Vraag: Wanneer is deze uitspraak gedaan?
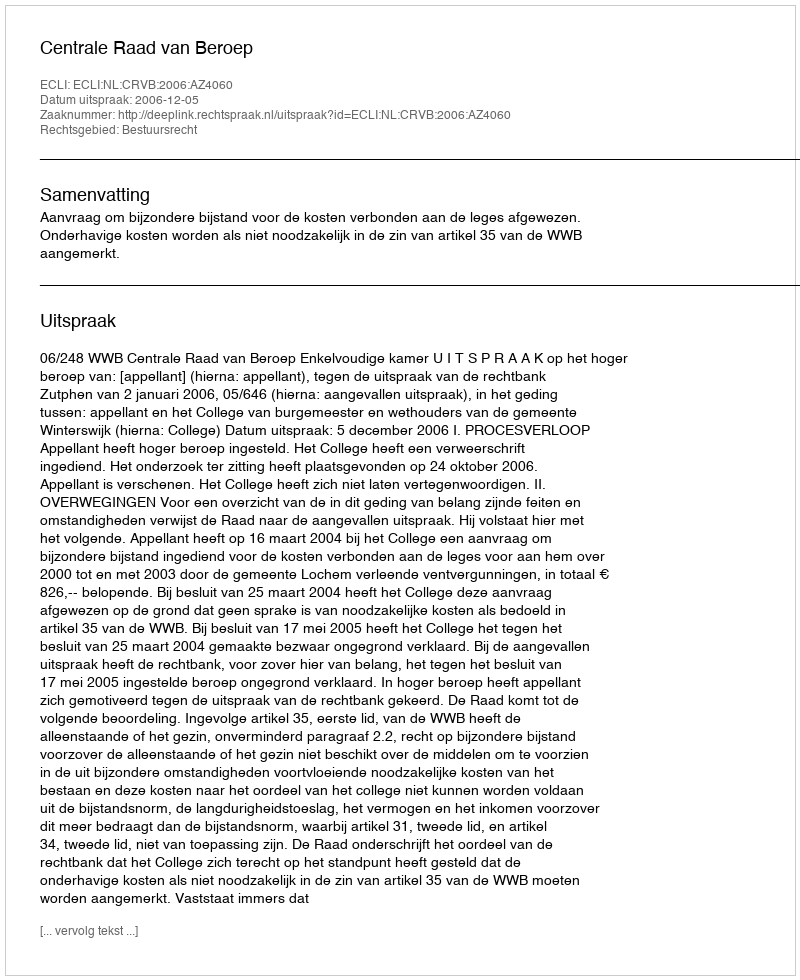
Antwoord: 2006-12-05